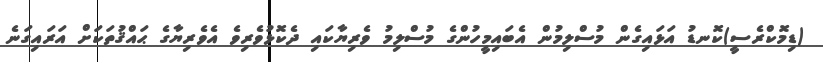
(ޑިމޮކްރެސީ)ކޮނޑު އަޅައިގެން މުސްލިމުން އެބައިމީހުންގެ މުސްލިމު ވެރިޔާކައި ދެކޮޅުވެރިވެ އެވެރިޔާގެ ޙައްޤުތަކަށް އަރައިގަނެ